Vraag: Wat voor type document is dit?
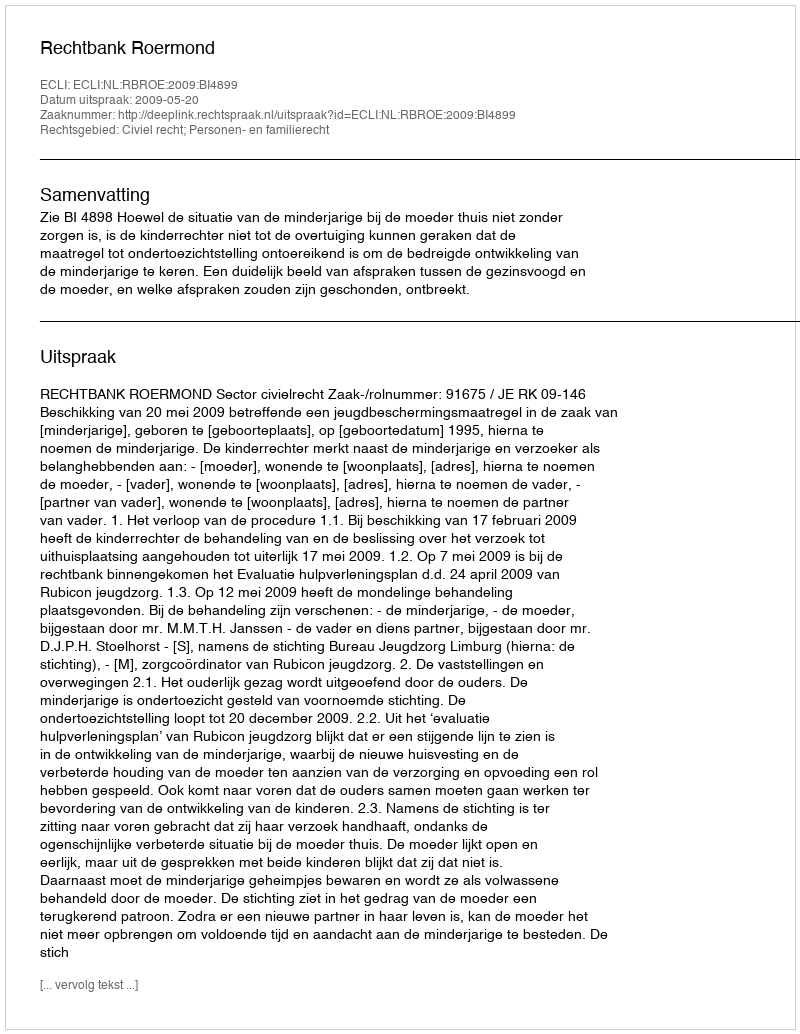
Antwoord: Uitspraak